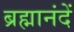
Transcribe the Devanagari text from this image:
ब्रह्मानंदें